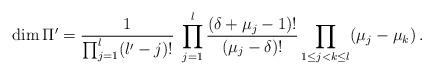
LaTeX: \begin{align*}\dim\Pi'=\frac{1}{\prod_{j=1}^{l} (l'-j)!} \; \prod_{j=1}^{l} \frac{(\delta+\mu_j-1)!}{(\mu_j-\delta)!} \prod_{1\leq j < k \leq l} (\mu_j -\mu_k)\,.\end{align*}